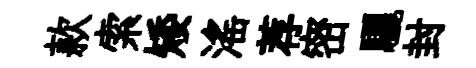
款索矮滛荐密驪封